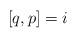
LaTeX: \begin{align*}[q, p] =i \end{align*}